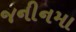
જનીનમા